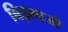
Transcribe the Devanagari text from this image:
बिड़लाजी